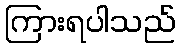
ကြားရပါသည်